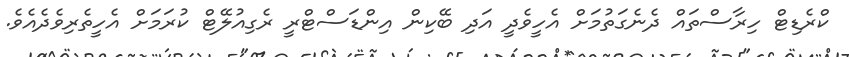
ކްރެޑިޓް ހިރާސްތައް ދެނެގަތުމަށް އެހީވެދީ އަދި ބޭކިން އިންޑަސްޓްރީ ރެގިއުލޭޓް ކުރަމަށް އެހީތެރިވެދެއެވެ.